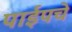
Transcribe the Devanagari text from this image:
पाईपचे